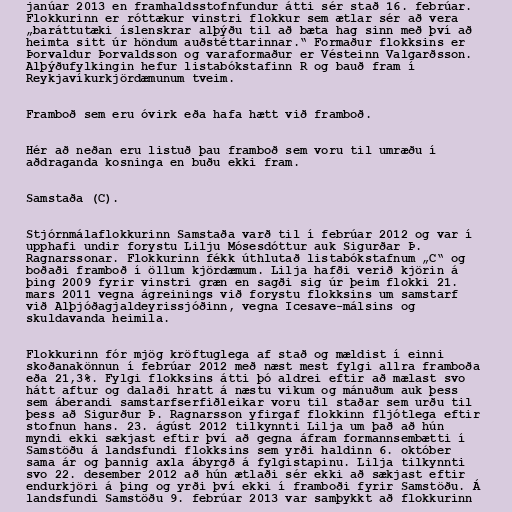
janúar 2013 en framhaldsstofnfundur átti sér stað 16. febrúar.
Flokkurinn er róttækur vinstri flokkur sem ætlar sér að vera
„baráttutæki íslenskrar alþýðu til að bæta hag sinn með því að
heimta sitt úr höndum auðstéttarinnar.“ Formaður flokksins er
Þorvaldur Þorvaldsson og varaformaður er Vésteinn Valgarðsson.
Alþýðufylkingin hefur listabókstafinn R og bauð fram í
Reykjavíkurkjördæmunum tveim.

Framboð sem eru óvirk eða hafa hætt við framboð.

Hér að neðan eru listuð þau framboð sem voru til umræðu í
aðdraganda kosninga en buðu ekki fram.

Samstaða (C).

Stjórnmálaflokkurinn Samstaða varð til í febrúar 2012 og var í
upphafi undir forystu Lilju Mósesdóttur auk Sigurðar Þ.
Ragnarssonar. Flokkurinn fékk úthlutað listabókstafnum „C“ og
boðaði framboð í öllum kjördæmum. Lilja hafði verið kjörin á
þing 2009 fyrir vinstri græn en sagði sig úr þeim flokki 21.
mars 2011 vegna ágreinings við forystu flokksins um samstarf
við Alþjóðagjaldeyrissjóðinn, vegna Icesave-málsins og
skuldavanda heimila.

Flokkurinn fór mjög kröftuglega af stað og mældist í einni
skoðanakönnun í febrúar 2012 með næst mest fylgi allra framboða
eða 21,3%. Fylgi flokksins átti þó aldrei eftir að mælast svo
hátt aftur og dalaði hratt á næstu vikum og mánuðum auk þess
sem áberandi samstarfserfiðleikar voru til staðar sem urðu til
þess að Sigurður Þ. Ragnarsson yfirgaf flokkinn fljótlega eftir
stofnun hans. 23. ágúst 2012 tilkynnti Lilja um það að hún
myndi ekki sækjast eftir því að gegna áfram formannsembætti í
Samstöðu á landsfundi flokksins sem yrði haldinn 6. október
sama ár og þannig axla ábyrgð á fylgistapinu. Lilja tilkynnti
svo 22. desember 2012 að hún ætlaði sér ekki að sækjast eftir
endurkjöri á þing og yrði því ekki í framboði fyrir Samstöðu. Á
landsfundi Samstöðu 9. febrúar 2013 var samþykkt að flokkurinn